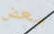
بعض